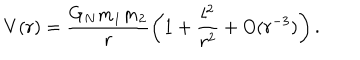
LaTeX: V ( r ) = \frac { G _ { N } m _ { 1 } m _ { 2 } } { r } \left( 1 + \frac { l ^ { 2 } } { r ^ { 2 } } + O ( r ^ { - 3 } ) \right) .